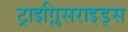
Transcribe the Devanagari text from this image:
ट्राइग्लिसराइड्स